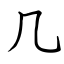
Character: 几